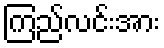
ကြည်လင်းအား